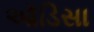
ઑડિસા